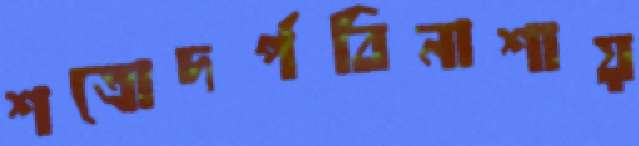
শত্রোদর্পবিনাশায়